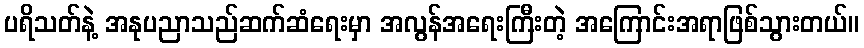
ပရိသတ်နဲ့ အနုပညာသည်ဆက်ဆံရေးမှာ အလွန်အရေးကြီးတဲ့ အကြောင်းအရာဖြစ်သွားတယ်။